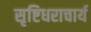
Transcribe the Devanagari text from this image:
सृष्टिधराचार्य